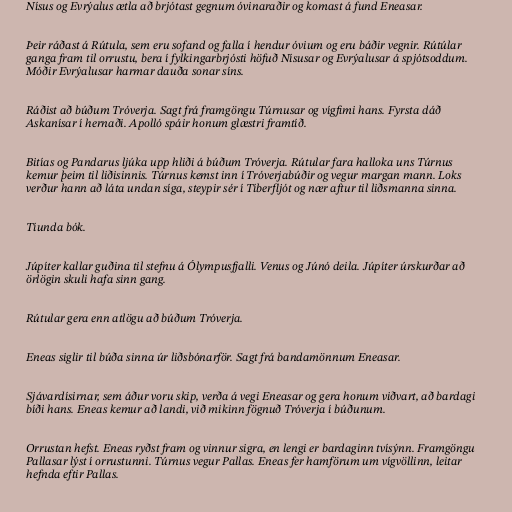
Nísus og Evrýalus ætla að brjótast gegnum óvinaraðir og komast á fund Eneasar.

Þeir ráðast á Rútula, sem eru sofand og falla í hendur óvium og eru báðir vegnir. Rútúlar
ganga fram til orrustu, bera í fylkingarbrjósti höfuð Nísusar og Evrýalusar á spjótsoddum.
Móðir Evrýalusar harmar dauða sonar síns.

Ráðist að búðum Tróverja. Sagt frá framgöngu Túrnusar og vígfimi hans. Fyrsta dáð
Askanísar í hernaði. Apolló spáir honum glæstri framtíð.

Bitías og Pandarus ljúka upp hliði á búðum Tróverja. Rútular fara halloka uns Túrnus
kemur þeim til liðisinnis. Túrnus kemst inn í Tróverjabúðir og vegur margan mann. Loks
verður hann að láta undan síga, steypir sér í Tíberfljót og nær aftur til liðsmanna sinna.

Tíunda bók.

Júpíter kallar guðina til stefnu á Ólympusfjalli. Venus og Júnó deila. Júpíter úrskurðar að
örlögin skuli hafa sinn gang.

Rútular gera enn atlögu að búðum Tróverja.

Eneas siglir til búða sinna úr liðsbónarför. Sagt frá bandamönnum Eneasar.

Sjávardísirnar, sem áður voru skip, verða á vegi Eneasar og gera honum viðvart, að bardagi
bíði hans. Eneas kemur að landi, við mikinn fögnuð Tróverja í búðunum.

Orrustan hefst. Eneas ryðst fram og vinnur sigra, en lengi er bardaginn tvísýnn. Framgöngu
Pallasar lýst í orrustunni. Túrnus vegur Pallas. Eneas fer hamförum um vígvöllinn, leitar
hefnda eftir Pallas.